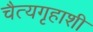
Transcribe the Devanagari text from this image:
चैत्यगृहाशी